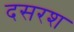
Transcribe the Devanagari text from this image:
दसरश